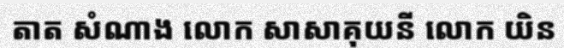
តាត សំណាង លោក សាសាគុយនី លោក យិន